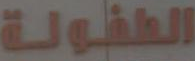
الطفولة